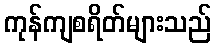
ကုန်ကျစရိတ်များသည်